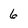
Character: 6